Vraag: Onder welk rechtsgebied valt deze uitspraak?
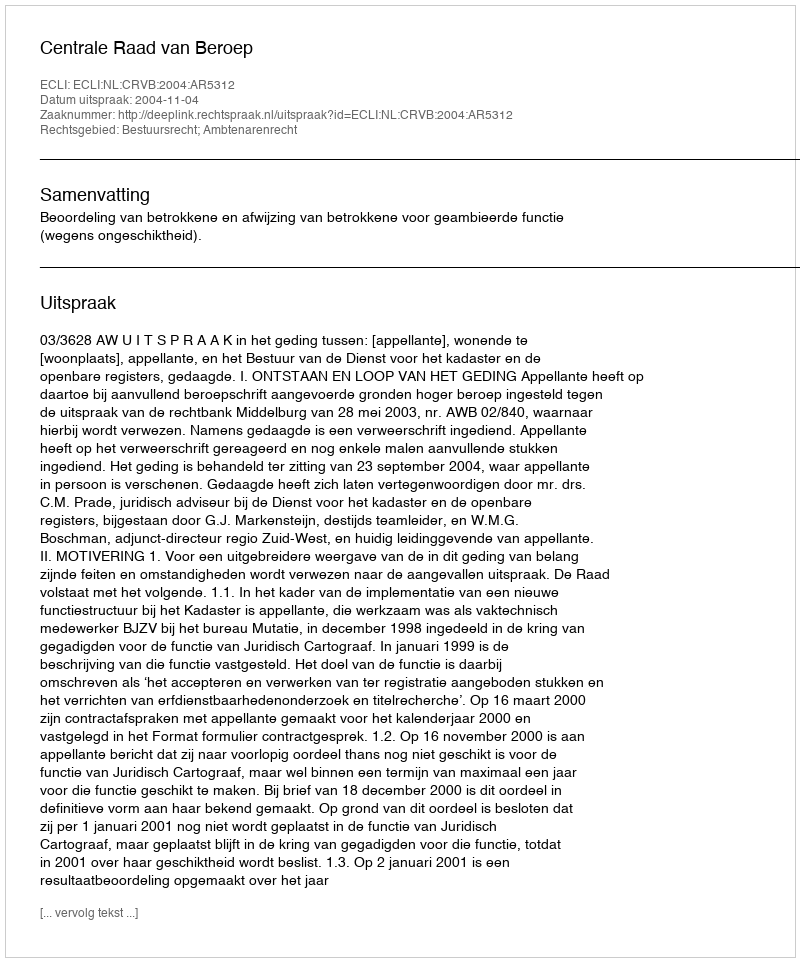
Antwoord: Bestuursrecht; Ambtenarenrecht